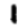
Digit: 1